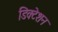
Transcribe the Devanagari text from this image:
डिक्‍टेशन